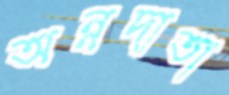
অন্নদাতা